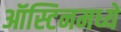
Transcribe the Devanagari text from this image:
ऑस्टिनमध्ये